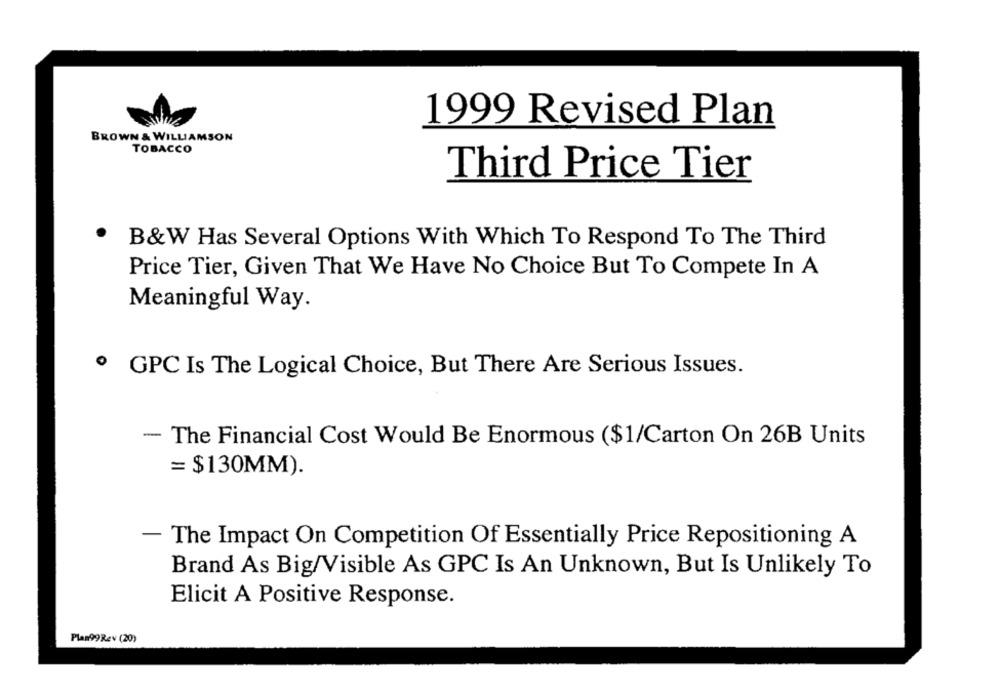
1999 Revised Plan
BROWN & WILLIAMSON
TOBACCO
Third Price Tier
B&W Has Several Options With Which To Respond To The Third
Price Tier, Given That We Have No Choice But To Compete In A
Meaningful Way.
GPC Is The Logical Choice, But There Are Serious Issues.
- The Financial Cost Would Be Enormous ($1/Carton On 26B Units
= $130MM).
- The Impact On Competition Of Essentially Price Repositioning A
Brand As Big/Visible As GPC Is An Unknown, But Is Unlikely To
Elicit A Positive Response.
Plan99Rev (20)